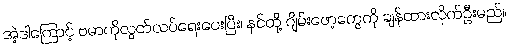
အဲ့ဒါကြောင့် ဗမာကိုလွတ်လပ်ရေးပေးပြီး၊ နင်တို့ ဂျိမ်းဖော့တွေကို ချန်ထားလိုက်ဦးမည်။